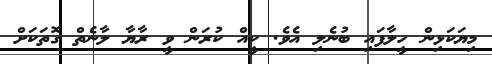
މިޔަކަޅިން ހީލާފައި ބުނެލި އެވެ. ކީއް ކުރަން ވީ ރާޔާ ލާނެތް ގޮތަކަށް